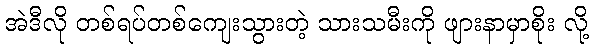
အဲဒီလို တစ်ရပ်တစ်ကျေးသွားတဲ့ သားသမီးကို ဖျားနာမှာစိုး လို့